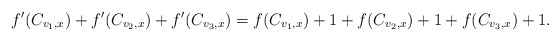
\begin{align*}f'(C_{v_1,x})+f'(C_{v_2,x}) + f'(C_{v_3,x}) = f(C_{v_1,x})+1+ f(C_{v_2,x}) +1 + f(C_{v_3,x}) +1.\end{align*}